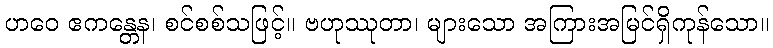
ဟဝေ ဧကန္တေန၊ စင်စစ်သဖြင့်။ ဗဟုဿုတာ၊ များသော အကြားအမြင်ရှိကုန်သော။